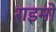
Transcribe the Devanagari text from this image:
राइमो